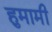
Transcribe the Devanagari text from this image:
हुमामी